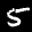
Label: 5